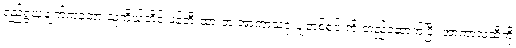
ရည်ရွယချက်ကတော့ သူကိုယ်တိုင် ဖန်တီးထားတဲ့ အာကာသဒုံးပျံတစ်စင်းကို တည်ဆောက်ပြီး အာကာသဆီကို